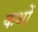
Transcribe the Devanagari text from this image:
कथों